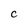
Character: C